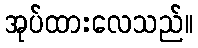
အုပ်ထားလေသည်။